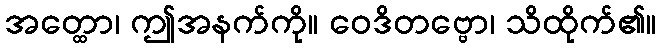
အတ္ထော၊ ဤအနက်ကို။ ဝေဒိတဗ္ဗော၊ သိထိုက်၏။